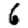
Digit: 6